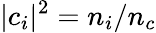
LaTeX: |c_{i}|^{2}=n_{i}/n_{c}